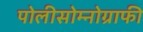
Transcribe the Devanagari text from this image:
पोलीसोम्नोग्राफी